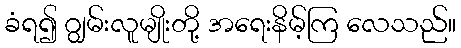
ခံရ၍ ဂျွမ်းလူမျိုးတို့ အရေးနိမ့်ကြ လေသည်။